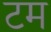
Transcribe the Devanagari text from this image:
टम